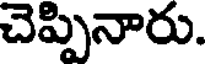
చెప్పినారు.